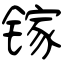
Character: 镓